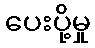
ပေးပို့မှု